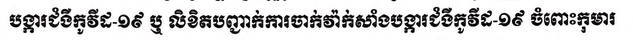
បង្ការជំងឺកូវីដ-១៩ ឬ លិខិតបញ្ជាក់ការចាក់វ៉ាក់សាំងបង្ការជំងឺកូវីឌ-១៩ ចំពោះកុមារ